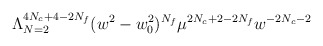
\begin{align*}\Lambda_{N=2}^{4N_c+4-2N_f}(w^{2}-w_{0}^{2})^{N_{f}}\mu^{2N_{c}+2-2N_{f}}w^{-2N_{c}-2}\end{align*}